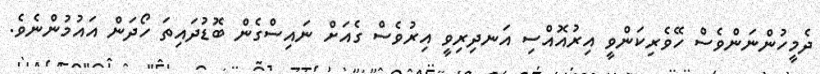
ދެމީހުންނަންވެސް ހޭވެރިކަންވީ އިރުއޮއްސި އަނދިރިވީ އިރުވެސް ގެއަށް ނައިސްގެން ބޮޑުދައިތަ ހޯދަން އައުމުންނެވެ.